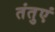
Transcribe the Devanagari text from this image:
तंतुएं